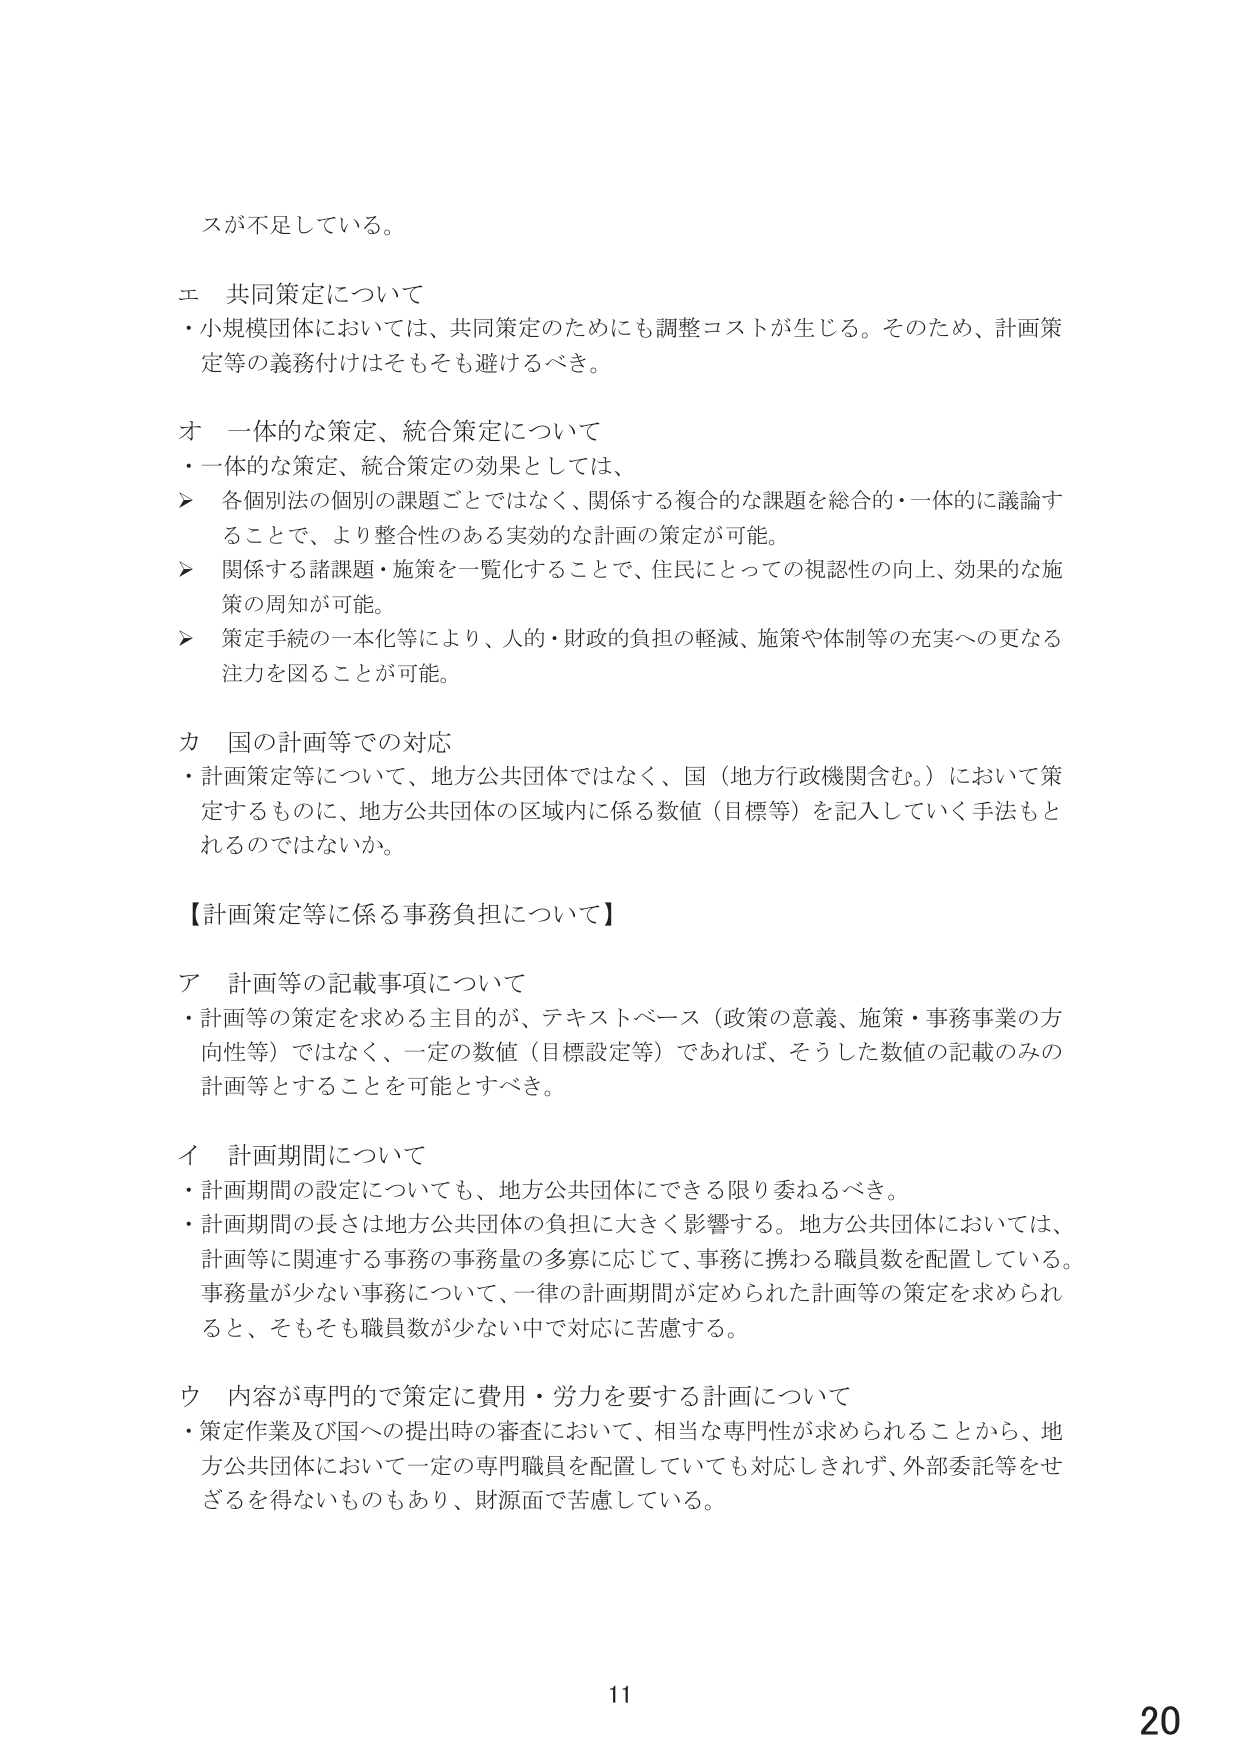
スが不足している。

エ 共同策定について
・小規模団体においては、共同策定のためにも調整コストが生じる。そのため、計画策定等の義務付けはそもそも避けるべき。

オ 一体的な策定、統合策定について
・一体的な策定、統合策定の効果としては、
➤ 各個別法の個別の課題ごとではなく、関係する複合的な課題を総合的・一体的に議論することで、より整合性のある実効的な計画の策定が可能。
➤ 関係する諸課題・施策を一覧化することで、住民にとっての視認性の向上、効果的な施策の周知が可能。
➤ 策定手続の一本化等により、人的・財政的負担の軽減、施策や体制等の充実への更なる注力を図ることが可能。

カ 国の計画等での対応
・計画策定等について、地方公共団体ではなく、国（地方行政機関含む。）において策定するものに、地方公共団体の区域内に係る数値（目標等）を記入していく手法もとれるのではないか。

【計画策定等に係る事務負担について】

ア 計画等の記載事項について
・計画等の策定を求める主目的が、テキストベース（政策の意義、施策・事務事業の方向性等）ではなく、一定の数値（目標設定等）であれば、そうした数値の記載のみの計画等とすることを可能とすべき。

イ 計画期間について
・計画期間の設定についても、地方公共団体にできる限り委ねるべき。
・計画期間の長さは地方公共団体の負担に大きく影響する。地方公共団体においては、計画等に関連する事務の事務量の多寡に応じて、事務に携わる職員数を配置している。事務量が少ない事務について、一律の計画期間が定められた計画等の策定を求められると、そもそも職員数が少ない中で対応に苦慮する。

ウ 内容が専門的で策定に費用・労力を要する計画について
・策定作業及び国への提出時の審査において、相当な専門性が求められることから、地方公共団体において一定の専門職員を配置していても対応しきれず、外部委託等をせざるを得ないものもあり、財源面で苦慮している。

11
20